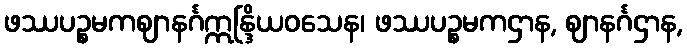
ဖဿပဉ္စမကဈာနင်္ဂဣန္ဒြိယဝသေန၊ ဖဿပဉ္စမကဌာန, ဈာနင်္ဂဌာန,